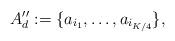
LaTeX: \begin{align*}A_d'':= \{ a_{i_1}, \dots, a_{i_{K/4}} \},\end{align*}